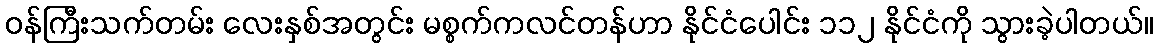
ဝန်ကြီးသက်တမ်း လေးနှစ်အတွင်း မစ္စက်ကလင်တန်ဟာ နိုင်ငံပေါင်း ၁၁၂ နိုင်ငံကို သွားခဲ့ပါတယ်။